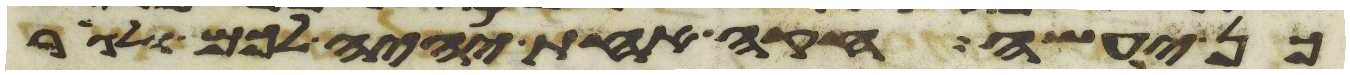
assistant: כן יעשה חקה אחת יהיה לכם ולגר